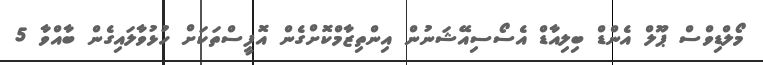
މޯލްޑިވްސް ޕޫލް އެންޑް ބިލިއާޑް އެސޯސިއޭޝަނުން އިންތިޒާމްކޮށްގެން އޮފީސްތަކަށް ހުޅުވާލައިގެން ބާއްވާ 5